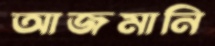
আজমানি